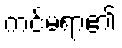
ကင်မရာ၏